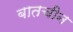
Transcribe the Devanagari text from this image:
बातचीन